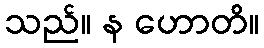
သည်။ န ဟောတိ။